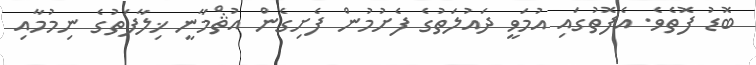
ބޮޑު ފޮތެވެ. އެފޮތުގައި އުމަވީ ދައުލަތުގެ ފެށުމުން ފެށިގެން އުޘްމާނީ ޚިލާފަތުގެ ނިމުމާއި